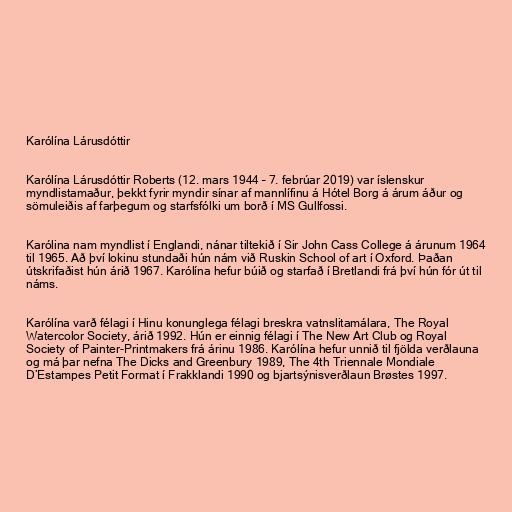
Karólína Lárusdóttir

Karólína Lárusdóttir Roberts (12. mars 1944 – 7. febrúar 2019) var íslenskur
myndlistamaður, þekkt fyrir myndir sínar af mannlífinu á Hótel Borg á árum áður og
sömuleiðis af farþegum og starfsfólki um borð í MS Gullfossi.

Karólina nam myndlist í Englandi, nánar tiltekið í Sir John Cass College á árunum 1964
til 1965. Að því lokinu stundaði hún nám við Ruskin School of art í Oxford. Þaðan
útskrifaðist hún árið 1967. Karólína hefur búið og starfað í Bretlandi frá því hún fór út til
náms.

Karólína varð félagi í Hinu konunglega félagi breskra vatnslitamálara, The Royal
Watercolor Society, árið 1992. Hún er einnig félagi í The New Art Club og Royal
Society of Painter-Printmakers frá árinu 1986. Karólína hefur unnið til fjölda verðlauna
og má þar nefna The Dicks and Greenbury 1989, The 4th Triennale Mondiale
D’Estampes Petit Format í Frakklandi 1990 og bjartsýnisverðlaun Brøstes 1997.